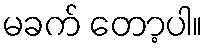
မခက် တော့ပါ။